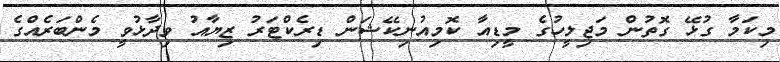
މިކަމާ ގުޅޭ ގޮތުން މަޖިލީހުގެ މީޑިއާ ކޮމިއުނިކޭޝަން ޑިރެކްޓަރު ޒިޔާއު ވިދާޅުވީ މެންބަރެއްގެ